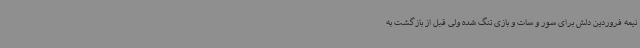
نیمه فروردین دلش برای سور و سات و بازی تنگ شده ولی قبل از بازگشت به